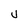
Character: U